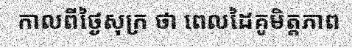
កាលពីថ្ងៃសុក្រ ថា ពេលដៃគូមិត្តភាព